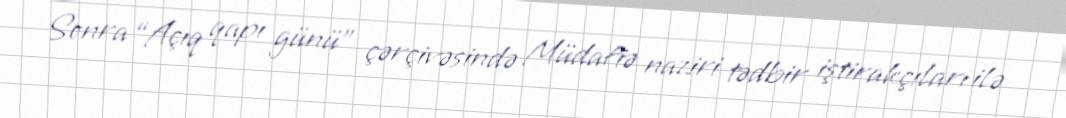
Sonra “Açıq qapı günü” çərçivəsində Müdafiə naziri tədbir iştirakçıları ilə